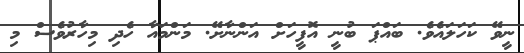
ނީވޭ ކަހަލައެވެ. ބައްޕަ ބުނީ އޮފީހަށް އަންނާށޭ. މަންމައާ ހެދި މިހާރުވެސް މި